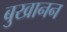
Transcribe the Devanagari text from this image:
बुखानन